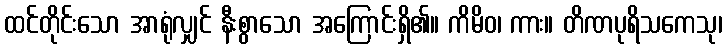
ထင်တိုင်းသော အာရုံလျှင် နီးစွာသော အကြောင်းရှိ၏။ ကိမိဝ၊ ကား။ တိဏပုရိသကေသု၊